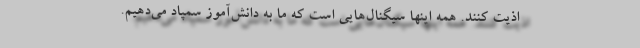
اذیت کنند. همه اینها سیگنال‌هایی است که ما به دانش‌آموز سمپاد می‌دهیم.